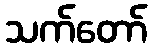
သက်တော်